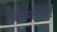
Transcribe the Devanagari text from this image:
महाविद्यालयासमोरील